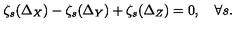
\zeta _ { s } ( \Delta _ { X } ) - \zeta _ { s } ( \Delta _ { Y } ) + \zeta _ { s } ( \Delta _ { Z } ) = 0 , \quad \forall s .